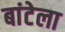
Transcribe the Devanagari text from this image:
बांटेला